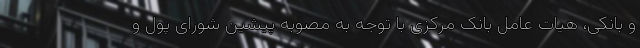
و بانکی، هیات عامل بانک مرکزی با توجه به مصوبه پیشین شورای پول و